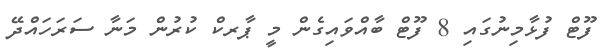
ފޫޓް ފުޅާމިނުގައި 8 ފޫޓް ބާއްވައިގެން މީ ޕާރކް ކުރުން މަނާ ސަރަހައްދޭ